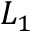
L _ { 1 }